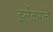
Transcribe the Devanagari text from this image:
इर्लेकरांचे